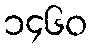
၁၄၆၀